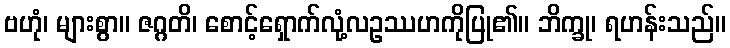
ဗဟုံ၊ များစွာ။ ဇဂ္ဂတိ၊ စောင့်ရှောက်လုံ့လဥဿဟကိုပြု၏။ ဘိက္ခု၊ ရဟန်းသည်။